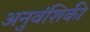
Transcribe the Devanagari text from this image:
अनुवंशिकी